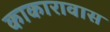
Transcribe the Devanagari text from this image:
काकारावास